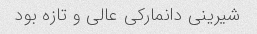
شیرینی دانمارکی عالی و تازه بود